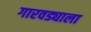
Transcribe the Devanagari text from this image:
गारवड्याला